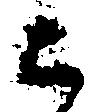
已